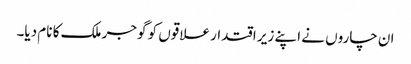
ان چاروں نے اپنے زیر اقتدار علاقوں کو گوجر ملک کا نام دیا۔